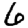
Digit: 6